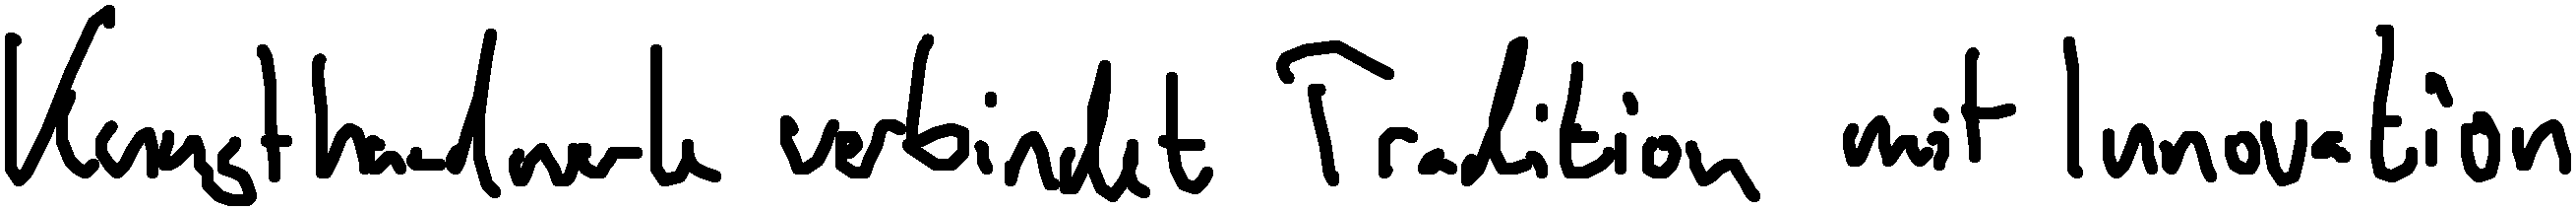
Kunsthandwerk verbindet Tradition mit Innovation.